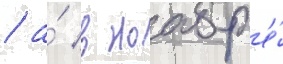
/ а́ в ноабр'е́